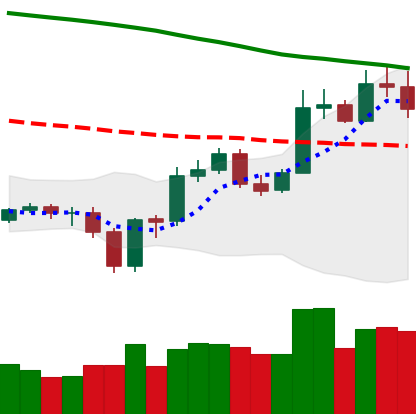
Ticker: ETC-USD
Chart end date: 2019-12-31
Forward return: 9.138%
Label: up_7plus